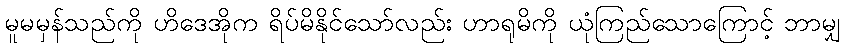
မူမမှန်သည်ကို ဟိဒေအိုက ရိပ်မိနိုင်သော်လည်း ဟာရုမိကို ယုံကြည်သောကြောင့် ဘာမျှ